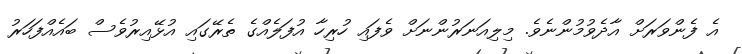
އެ ފެންވަރަށް އާދެވުމުންނެވެ. މިލިއަނަރުންނަށް ވެފައި ހުރިހާ އުފަލެއްގެ ތެރޭގައި އުޅޭއިރުވެސް ބައެއްފަހަރު